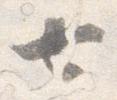
七